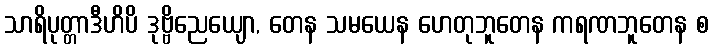
သာရိပုတ္တာဒီဟိပိ ဒုဗ္ဗိညေယျော, တေန သမယေန ဟေတုဘူတေန ကရဏဘူတေန စ